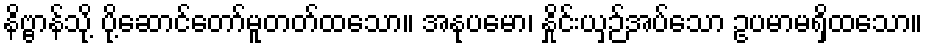
နိဗ္ဗာန်သို့ ပို့ဆောင်တော်မူတတ်ထသော။ အနုပမော၊ နှိုင်းယှဉ်အပ်သော ဥပမာမရှိထသော။